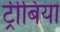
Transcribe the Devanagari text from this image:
ट्रीबिया